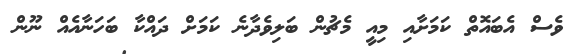
ވެސް އެބައޮތް ކަމަށާއި މިއީ މެޗުން ބަލިވެދާނެ ކަމަށް ދައްކާ ބަހަނާއެއް ނޫން